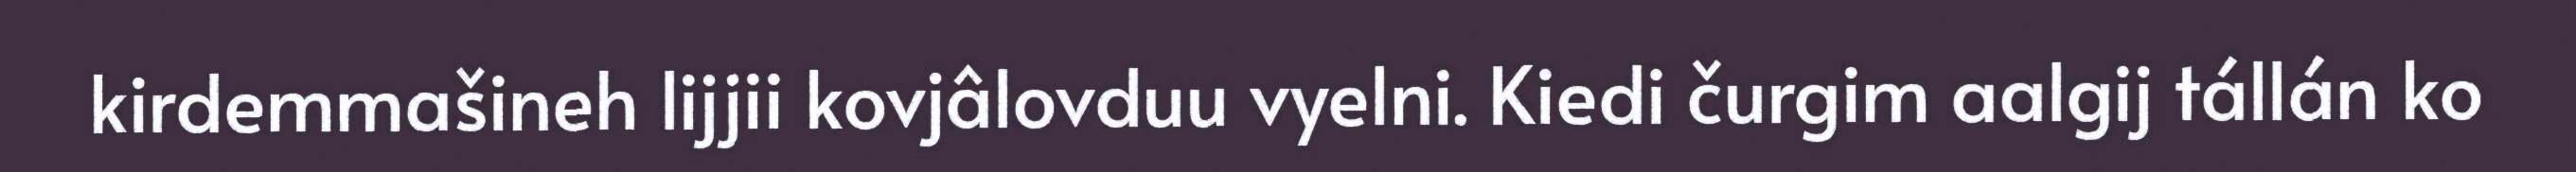
kirdemmašineh lijjii kovjâlovduu vyelni. Kiedi čurgim aalgij tállán ko